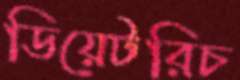
ডিয়েটরিচ